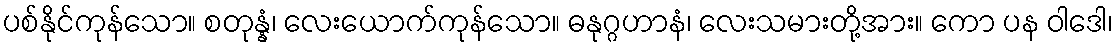
ပစ်နိုင်ကုန်သော။ စတုန္နံ၊ လေးယောက်ကုန်သော။ ဓနုဂ္ဂဟာနံ၊ လေးသမားတို့အား။ ကော ပန ဝါဒေါ၊